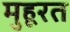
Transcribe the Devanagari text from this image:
मुहूरत